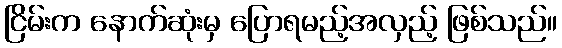
ငြိမ်းက နောက်ဆုံးမှ ပြောရမည့်အလှည့် ဖြစ်သည်။